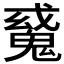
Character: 𩳠